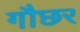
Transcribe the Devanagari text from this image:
गौछर